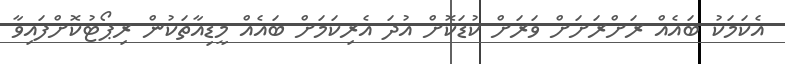
އެކަމަކު ބައެއް ރަށްރަށަށް ވަރަށް ކުޑަކޮށް އުދަ އެރިކަމަށް ބައެއް މީޑިއާތަކުން ރިޕޯޓުކޮށްފައިވާ